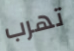
تهرب